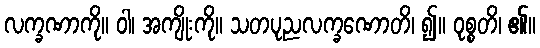
လက္ခဏာကို။ ဝါ၊ အကျိုးကို။ သတပုညလက္ခဏောတိ၊ ၍။ ဝုစ္စတိ၊ ၏။